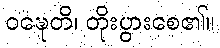
ဝဍ္ဎေတိ၊ တိုးပွားစေ၏။